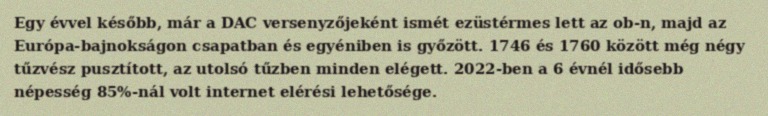
Egy évvel később, már a DAC versenyzőjeként ismét ezüstérmes lett az ob-n, majd az Európa-bajnokságon csapatban és egyéniben is győzött. 1746 és 1760 között még négy tűzvész pusztított, az utolsó tűzben minden elégett. 2022-ben a 6 évnél idősebb népesség 85%-nál volt internet elérési lehetősége.